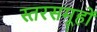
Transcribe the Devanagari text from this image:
स्तरसमूहों